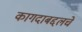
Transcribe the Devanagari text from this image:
कागदाबद्दलचे